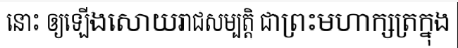
នោះ ឲ្យឡើងសោយរាជសម្បត្តិ ជាព្រះមហាក្សត្រក្នុង